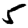
Digit: 5